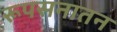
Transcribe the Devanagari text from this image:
रूपसनातन